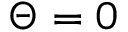
\Theta = 0